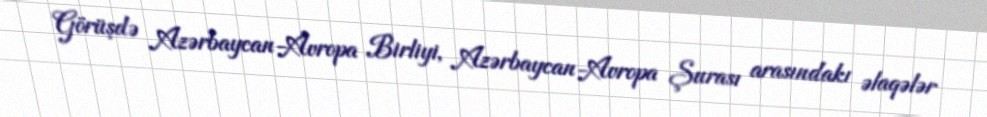
Görüşdə Azərbaycan-Avropa Birliyi, Azərbaycan-Avropa Şurası arasındakı əlaqələr